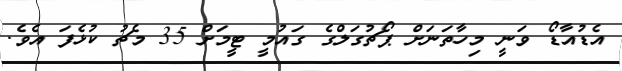
އެޑުއާޑޯ ވަނީ މިހާތަނަށް ޕޯޗުގަލްގެ ގައުމީ ޓީމަށް 35 މެޗު ކުޅެފަ އެވެ.